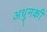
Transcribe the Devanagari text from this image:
अधुनकी